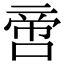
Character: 啻